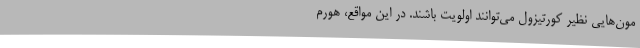
مون‌هایی نظیر کورتیزول می‌توانند اولویت باشند. در این مواقع، هورم